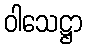
ဝါသေဋ္ဌာ